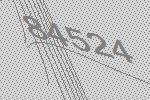
84524